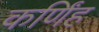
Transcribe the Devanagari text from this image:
कर्णिंह